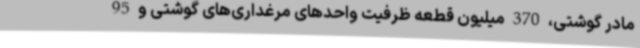
مادر گوشتی، 370 میلیون قطعه ظرفیت واحدهای مرغداری‌های گوشتی و 95